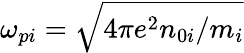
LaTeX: \omega_{pi}=\sqrt{4\pi e^{2}n_{0i}/m_{i}}